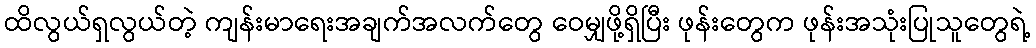
ထိလွယ်ရှလွယ်တဲ့ ကျန်းမာရေးအချက်အလက်တွေ ဝေမျှဖို့ရှိပြီး ဖုန်းတွေက ဖုန်းအသုံးပြုသူတွေရဲ့